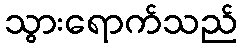
သွားရောက်သည်